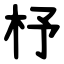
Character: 杼